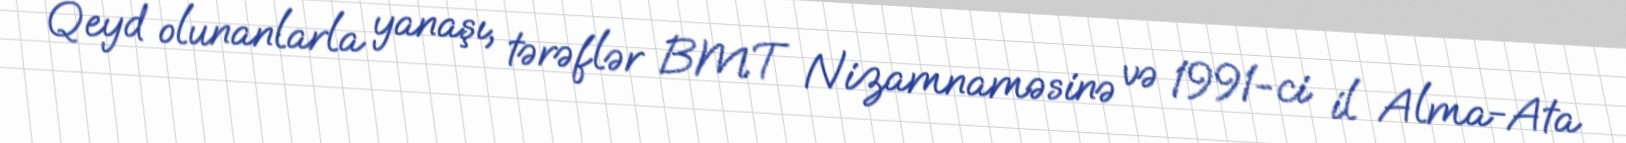
Qeyd olunanlarla yanaşı, tərəflər BMT Nizamnaməsinə və 1991-ci il Alma-Ata